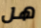
هل